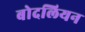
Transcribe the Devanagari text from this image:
बोदलियन